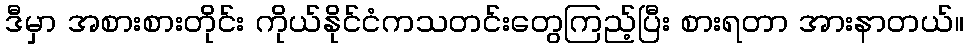
ဒီမှာ အစားစားတိုင်း ကိုယ်နိုင်ငံကသတင်းတွေကြည့်ပြီး စားရတာ အားနာတယ်။